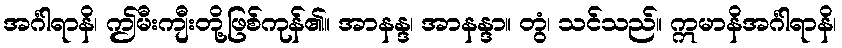
အင်္ဂါရာနိ၊ ဤမီးကျီးတို့ဖြစ်ကုန်၏။ အာနန္ဒ၊ အာနန္ဒာ။ တွံ၊ သင်သည်။ ဣမာနိအင်္ဂါရာနိ၊